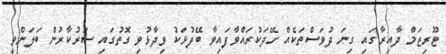
ޓޫރިޒަމް ދާއިރާގައި ގިނަ ދުވަސްތަކެއް ހޭދަކުރައްވާފައިވާ ބޭފުޅަކު ވިދާޅުވި ގޮތުގައި ސަރުކާރުން ބަލަންވީ